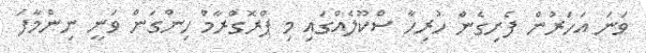
ވަނަ އަހަރުން ފެށިގެން ހުރިހާ ސްކޫލެއްގައި މި ޕްރޮގްރާމް ހިންގަން ވަނީ ނިންމާފަ